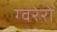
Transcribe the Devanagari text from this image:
ग्वरेरो